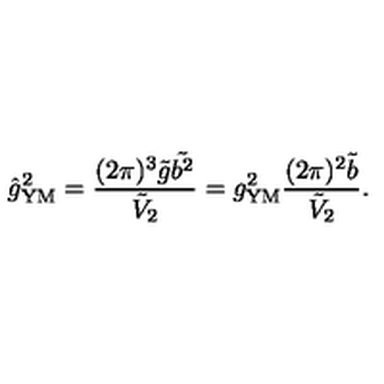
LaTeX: \hat { g } _ { \mathrm { Y M } } ^ { 2 } = \frac { ( 2 \pi ) ^ { 3 } \tilde { g } \tilde { b ^ { 2 } } } { \tilde { V } _ { 2 } } = g _ { \mathrm { Y M } } ^ { 2 } \frac { ( 2 \pi ) ^ { 2 } \tilde { b } } { \tilde { V } _ { 2 } } .